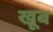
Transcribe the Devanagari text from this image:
खूब